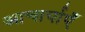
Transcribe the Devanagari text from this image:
आचार्याएँ